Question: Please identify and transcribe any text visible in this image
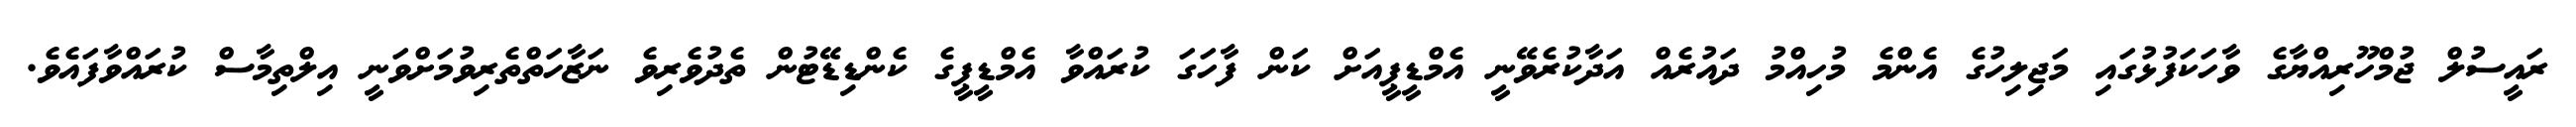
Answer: ރައީސުލް ޖުމްހޫރިއްޔާގެ ވާހަކަފުޅުގައި މަޖިލިހުގެ އެންމެ މުހިއްމު ދައުރެއް އަދާކުރެވޭނީ އެމްޑީޕީއަށް ކަން ފާހަގަ ކުރައްވާ އެމްޑީޕީގެ ކެންޑިޑޭޓުން ތެދުވެރިވެ ނަޒާހަތްތެރިވުމަށްވަނީ އިލްތިމާސް ކުރައްވާފައެވެ.